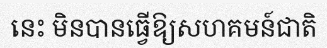
នេះ មិនបានធ្វើឱ្យសហគមន៍ជាតិ